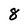
Character: 8